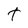
Character: t